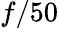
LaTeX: f/50